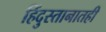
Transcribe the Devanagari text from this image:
हिंदुस्तानातही